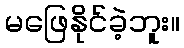
မဖြေနိုင်ခဲ့ဘူး။